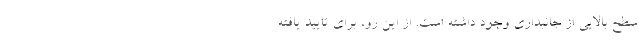
سطح بالایی از جانبداری وجود داشته است. از این رو، برای تایید یافته